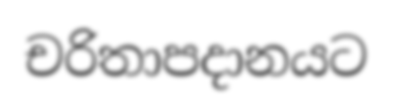
චරිතාපදානයට